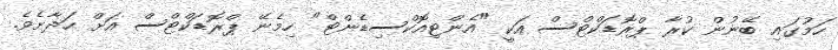
ހަމުގައި ބޭނުން ކުރާ ޕްރޮޑަކްޓްސް އަކީ "އެންޓިއޮކްސިޑެންޓް" ހިމެނޭ ޕްރޮޑަކްޓްސް އަށް ހަދާށެވެ.